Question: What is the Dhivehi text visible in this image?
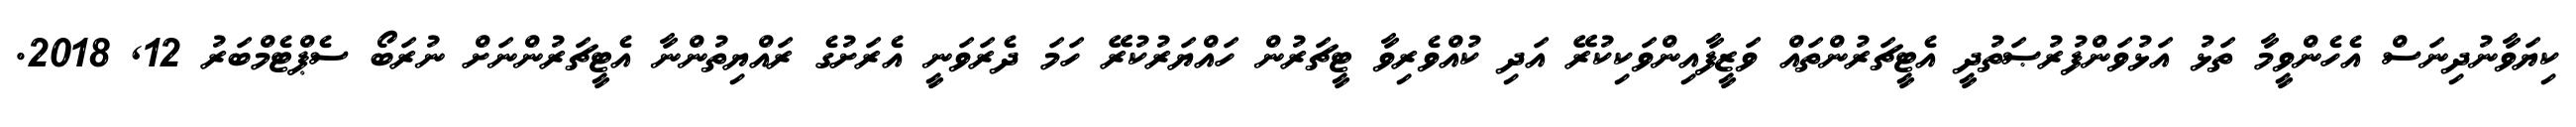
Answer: ކިޔަވާނުދިނަސް އެހެންވީމާ ތަޅު އަޅުވަންފުރުޞަތުދީ އެޓީޗަރުންތައް ވަޒީފާއިންވަކިކުރޭ އަދި ކުއްވެރިވާ ޓީޗަރުން ހައްޔަރުކުރޭ ހަމަ ދެރަވަނީ އެރަށުގެ ރައްޔިތުންނާ އެޓީޗަރުންނަށް ނުރަބޯ ސެޕްޓެމްބަރު 12, 2018.